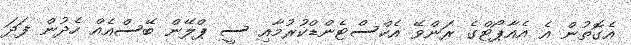
އެގޮތުން އެ އެއާޕޯޓްގެ ރަންވޭ އެކްސްޓެންޑްކުރުމާއި ސީ ޕްލޭން ބޭސްއެއް ހެދުން ފަދަ